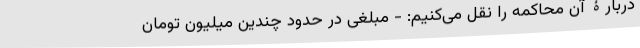
دربارۀ آن محاکمه را نقل می‌کنیم: - مبلغی در حدود چندین میلیون تومانِ